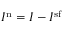
I ^ { \mathrm { n } } = I - I ^ { \mathrm { s f } }